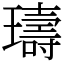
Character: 璹